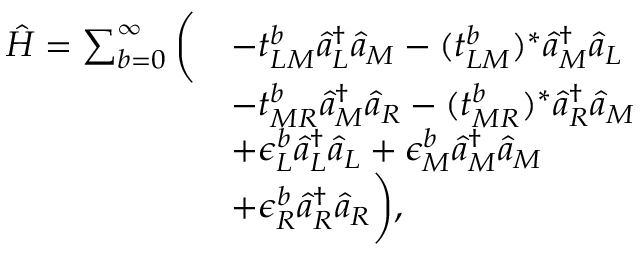
\begin{array} { r l } { \hat { H } = \sum _ { b = 0 } ^ { \infty } \bigg ( } & { - t _ { L M } ^ { b } \hat { a } _ { L } ^ { \dagger } \hat { a } _ { M } - ( t _ { L M } ^ { b } ) ^ { * } \hat { a } _ { M } ^ { \dagger } \hat { a } _ { L } } \\ & { - t _ { M R } ^ { b } \hat { a } _ { M } ^ { \dagger } \hat { a } _ { R } - ( t _ { M R } ^ { b } ) ^ { * } \hat { a } _ { R } ^ { \dagger } \hat { a } _ { M } } \\ & { + \epsilon _ { L } ^ { b } \hat { a } _ { L } ^ { \dagger } \hat { a } _ { L } + \epsilon _ { M } ^ { b } \hat { a } _ { M } ^ { \dagger } \hat { a } _ { M } } \\ & { + \epsilon _ { R } ^ { b } \hat { a } _ { R } ^ { \dagger } \hat { a } _ { R } \bigg ) , } \end{array}